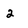
Character: 2